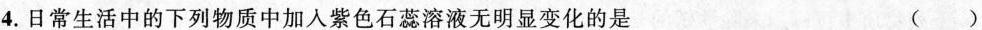
4.日常生活中的下列物质中加入紫色石蕊溶液无明显变化的是 ( )